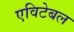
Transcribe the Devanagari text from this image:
एविटेबल